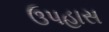
ઉપહાસ